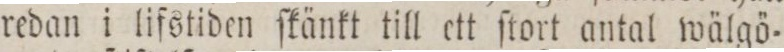
redan i lifstiden ſkänkt till ett ſtort antal wälgö=